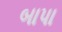
બાપા